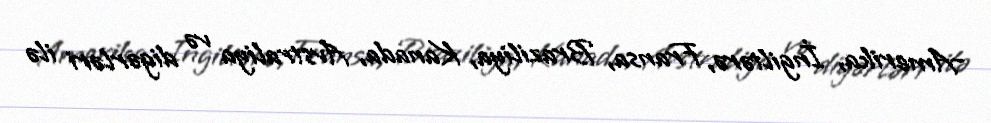
–Amerika, İngiltərə, Fransa, Braziliya, Kanada, Avstraliya və digərləri ilə